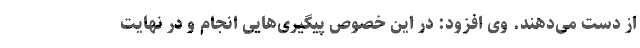
از دست می‌دهند. وی افزود: در این خصوص پیگیری‌هایی انجام و در نهایت